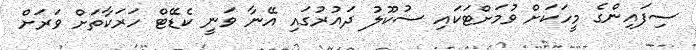
ސިފައިންގެ މީހަކަށް ވުމަށްޓަކައި ސުކޫލު ދައުރުގައި އޭނާ ވަނީ ކެޑޭޓް ހަރަކާތަށް ވަރަށް